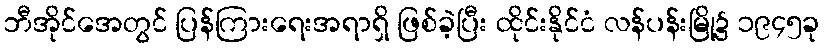
ဘီအိုင်အေတွင် ပြန်ကြားရေးအရာရှိ ဖြစ်ခဲ့ပြီး ထိုင်းနိုင်ငံ လန်ပန်းမြို့၌ ၁၉၄၅ခု